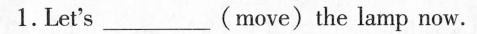
1.Let's ___ (move) the lamp now.